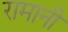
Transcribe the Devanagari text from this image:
रामानी